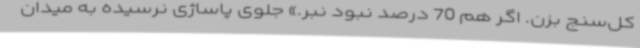
کل‌سنج بزن. اگر هم 70 درصد نبود نبر.» جلوی پاساژی نرسیده به میدان